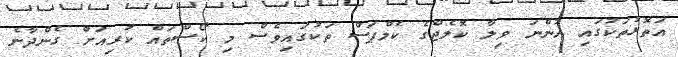
އަތޮޅުތަކުގައި ހުންނަ ވިލާ ކޮލެޖްގެ ކެމްޕަސް ތަކުގައިވެސް މި ކޯސްތައް ކުރިއަށް ގެންދާނެ